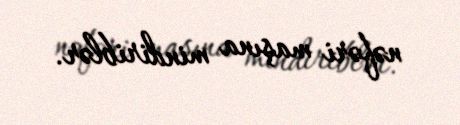
nəfəri maşına mindiriblər.